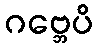
ဂဗ္ဘေပိ